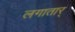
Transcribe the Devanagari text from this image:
लगातार्